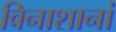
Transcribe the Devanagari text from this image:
विनाशानां